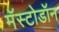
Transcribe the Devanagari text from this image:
मॅस्टोडॉन